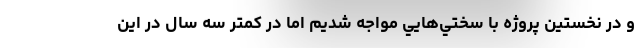
و در نخستين پروژه با سختي‌هايي مواجه شديم اما در كمتر سه سال در اين